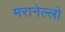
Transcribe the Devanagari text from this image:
मरानेल्लो